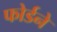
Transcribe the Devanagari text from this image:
फोर्डने